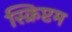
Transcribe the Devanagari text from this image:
स्क्रिप्टम